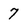
Character: 7